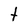
Character: t